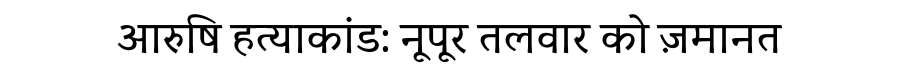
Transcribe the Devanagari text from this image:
आरुषि हत्याकांड: नूपूर तलवार को ज़मानत